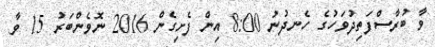
ވާ ބުރާސްފަތިދުވަހުގެ ހެނދުނު 8:00 އިން ފެށިގެން 2016 ނޮވެންބަރު 15 ވާ